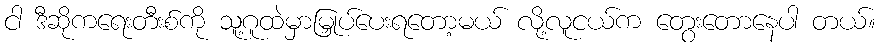
ငါ ဒီဆိုကရေးတီးစ်ကို သူ့ဂူထဲမှာမြှုပ်ပေးရတော့မယ် လို့လူငယ်က တွေးတောနေပါ တယ်။